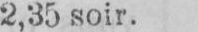
2,35 soir.